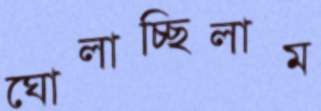
ঘোলাচ্ছিলাম